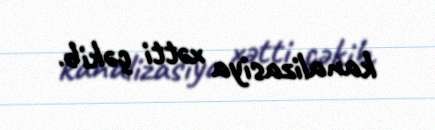
kanalizasiya xətti çəkib.